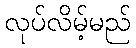
လုပ်လိမ့်မည်